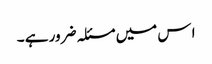
ا س میں مسئلہ ضرور ہے ۔